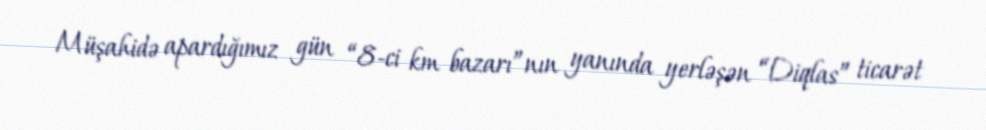
Müşahidə apardığımız gün “8-ci km bazarı”nın yanında yerləşən “Diqlas” ticarət